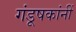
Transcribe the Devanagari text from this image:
गंडूषकांनीं